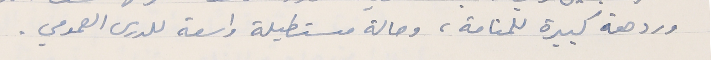
وردهة كبيرة للمنامة، وصالة مستطيلة واسعة للدرس العمومي.